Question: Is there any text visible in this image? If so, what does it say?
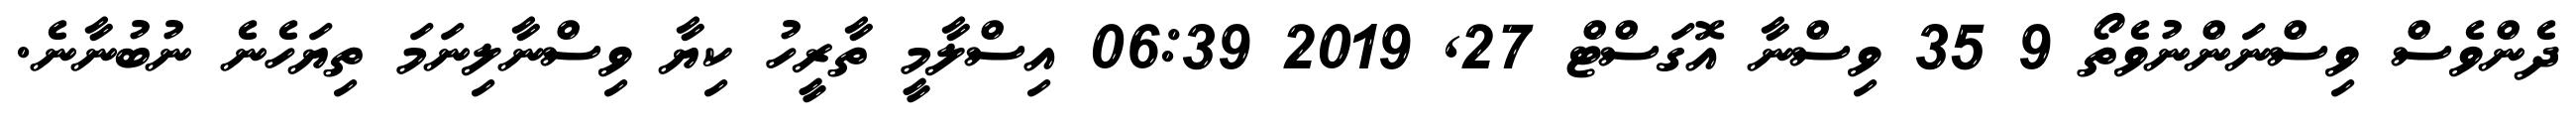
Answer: ދެންވެސް ވިސްނަންނުވެތޯ 9 35 ވިސްނާ އޮގަސްޓް 27, 2019 06:39 އިސްލާމީ ތާރީހު ކިޔާ ވިސްނާލިނަމަ ތިޔަހެނެ ނުބުނާނެ.